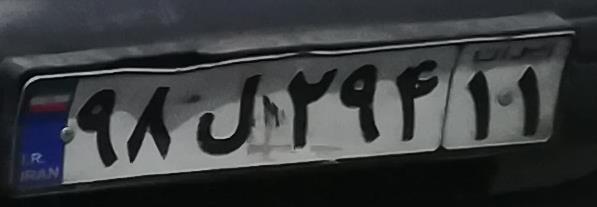
۹۸ل۲۹۴۱۱